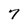
Character: 7